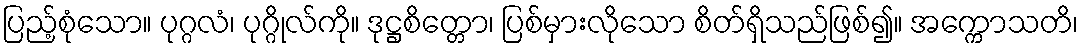
ပြည့်စုံသော။ ပုဂ္ဂလံ၊ ပုဂ္ဂိုလ်ကို။ ဒုဋ္ဌစိတ္တော၊ ပြစ်မှားလိုသော စိတ်ရှိသည်ဖြစ်၍။ အက္ကောသတိ၊